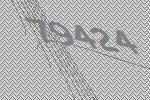
79424